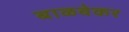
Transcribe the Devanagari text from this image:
बाळवेकर